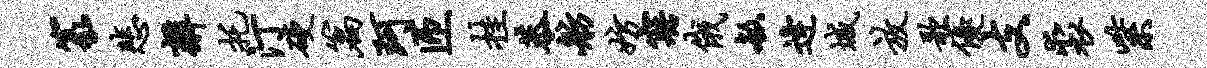
篆悲辫托汀硬篇珂匝挂恭舫妨寤俄敏逄城放歌优支裘紫